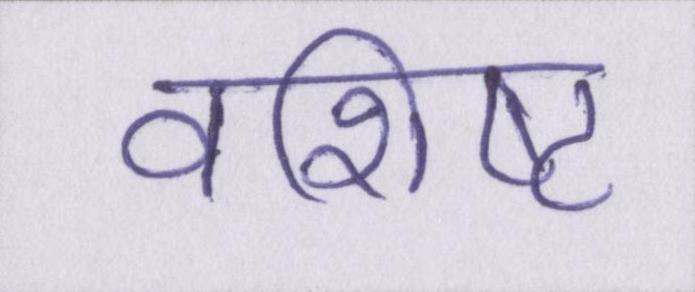
वशिष्ट